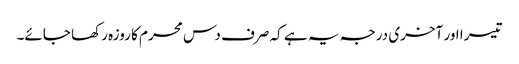
تیسرا اور آخری درجہ یہ ہے کہ صرف دس محرم کا روزہ رکھا جائے۔